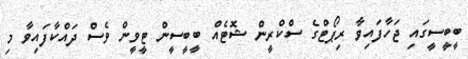
ބީބީސީގައި ޖަހާފައިވާ ރިޕޯޓްގެ ސްކްރީން ޝޮޓެއް ބީބީސީން ޓީވީން ވެސް ދައްކާފައިވާ މި